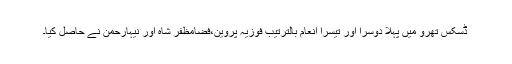
ڈسکس تھرو میں پہلا دوسرا اور تیسرا انعام بالترتیب فوزیہ پروین،فضامظفر شاہ اور نیہارحمن نے حاصل کیا۔